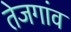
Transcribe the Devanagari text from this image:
तेजगांव